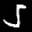
Label: 5